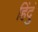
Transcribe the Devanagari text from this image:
हिंदुं